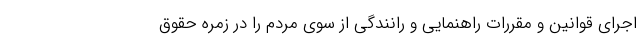
اجرای قوانین و مقررات راهنمایی و رانندگی از سوی مردم را در زمره حقوق